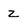
Character: z